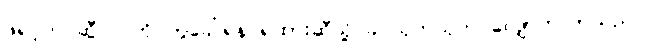
ဖရင့်က ဆွီလင်ကို တွဲခေါ်ရန် ရထားဆီသို့ ခပ်သုတ်သုတ် လျှောက်လာသည်။